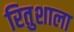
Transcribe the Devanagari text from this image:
रितुशाला